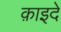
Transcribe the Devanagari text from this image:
क़ाइदे